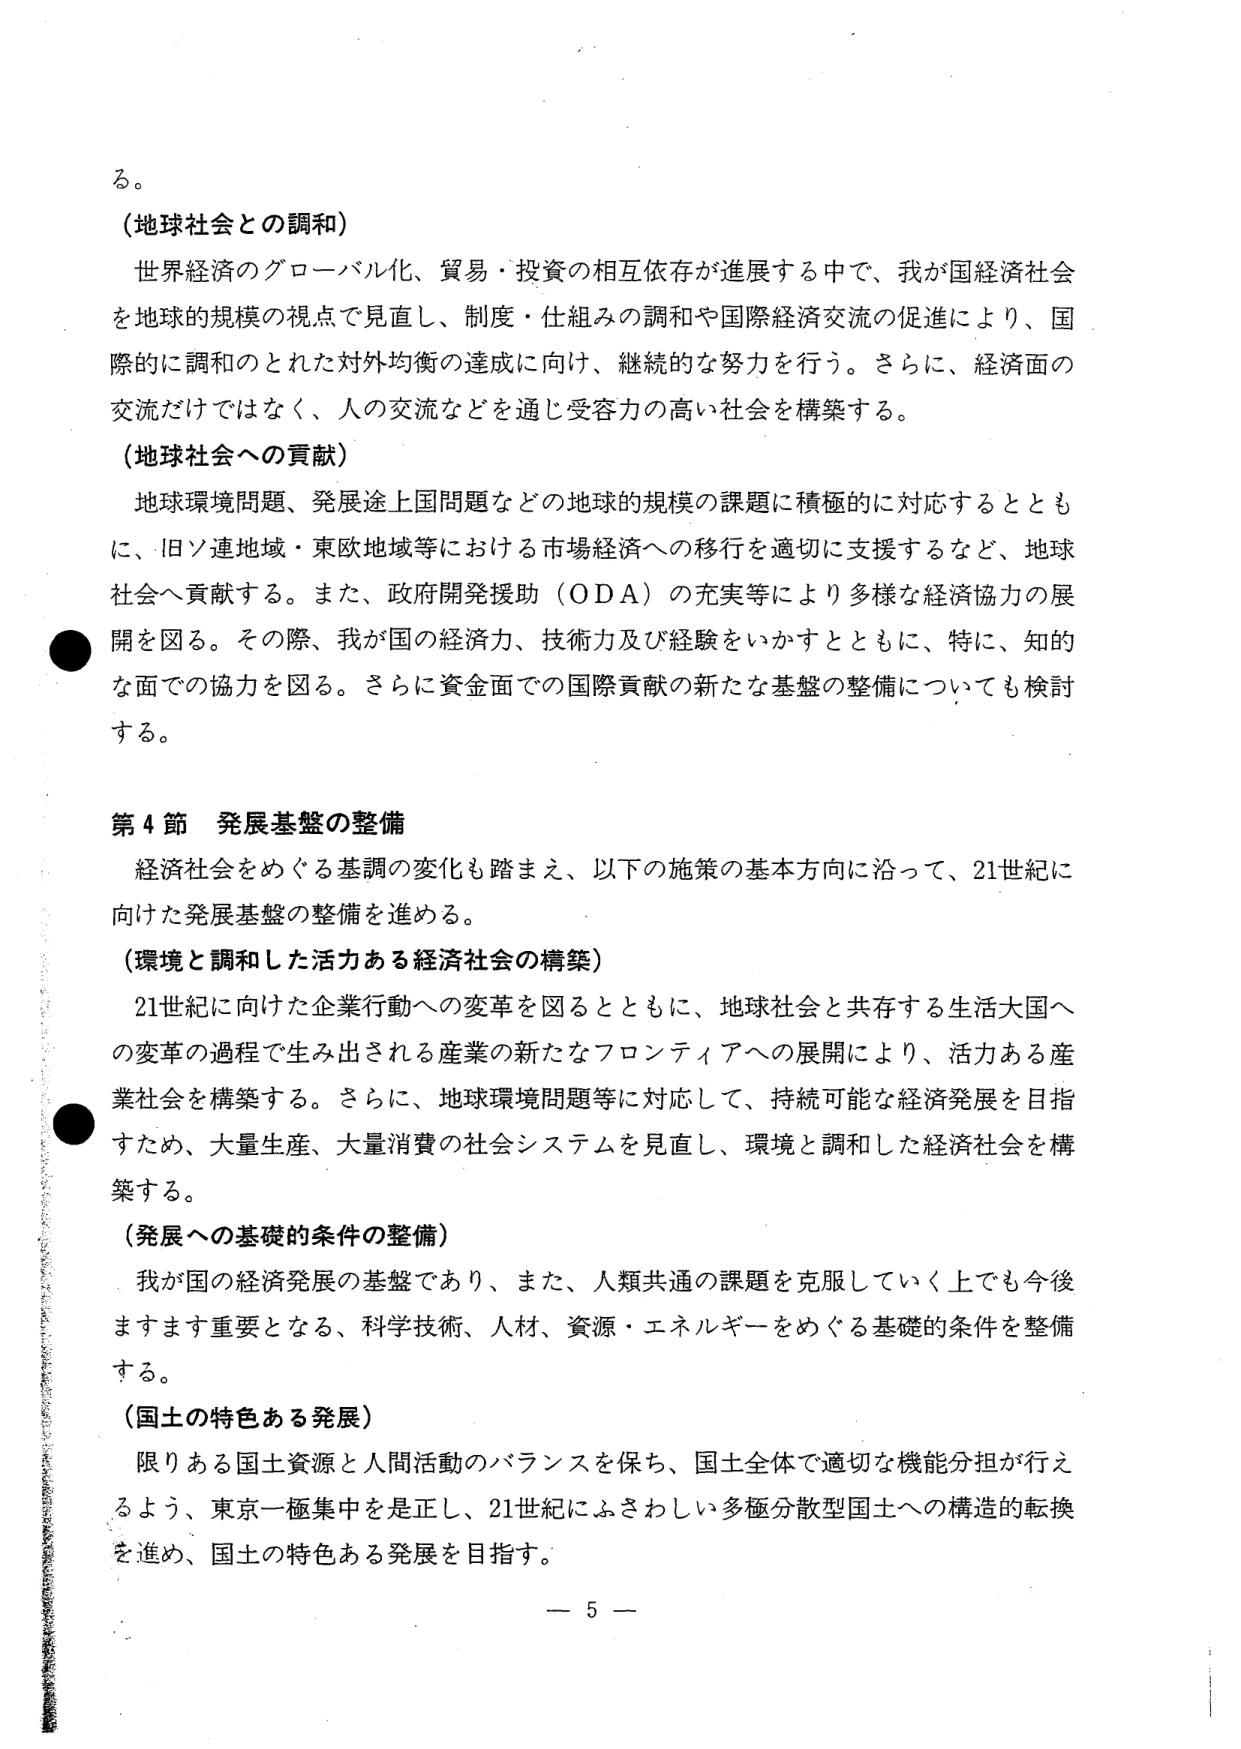
る。

（地球社会との調和）
世界経済のグローバル化、貿易・投資の相互依存が進展する中で、我が国経済社会
を地球的規模の視点で見直し、制度・仕組みの調和や国際経済交流の促進により、国
際的に調和のとれた対外均衡の達成に向け、継続的な努力を行う。さらに、経済面の
交流だけではなく、人の交流などを通じ受容力の高い社会を構築する。

（地球社会への貢献）
地球環境問題、発展途上国問題などの地球的規模の課題に積極的に対応するととも
に、旧ソ連地域・東欧地域等における市場経済への移行を適切に支援するなど、地球
社会へ貢献する。また、政府開発援助（ODA）の充実等により多様な経済協力の展
開を図る。その際、我が国の経済力、技術力及び経験をいかすとともに、特に、知的
な面での協力を図る。さらに資金面での国際貢献の新たな基盤の整備についても検討
する。

第4節 発展基盤の整備
経済社会をめぐる基調の変化も踏まえ、以下の施策の基本方向に沿って、21世紀に
向けた発展基盤の整備を進める。

（環境と調和した活力ある経済社会の構築）
21世紀に向けた企業行動への変革を図るとともに、地球社会と共存する生活大国へ
の変革の過程で生み出される産業の新たなフロンティアへの展開により、活力ある産
業社会を構築する。さらに、地球環境問題等に対応して、持続可能な経済発展を目指
すため、大量生産、大量消費の社会システムを見直し、環境と調和した経済社会を構
築する。

（発展への基礎的条件の整備）
我が国の経済発展の基盤であり、また、人類共通の課題を克服していく上でも今後
ますます重要となる、科学技術、人材、資源・エネルギーをめぐる基礎的条件を整備
する。

（国土の特色ある発展）
限りある国土資源と人間活動のバランスを保ち、国土全体で適切な機能分担が行え
るよう、東京一極集中を是正し、21世紀にふさわしい多極分散型国土への構造的転換
を進め、国土の特色ある発展を目指す。

－ 5 －